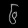
Digit: ၆